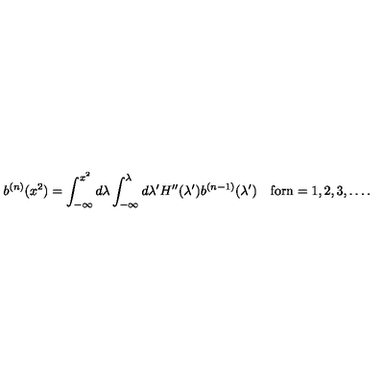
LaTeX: b ^ { ( n ) } ( x ^ { 2 } ) = \int _ { - \infty } ^ { x ^ { 2 } } d \lambda \int _ { - \infty } ^ { \lambda } d \lambda ^ { \prime } H ^ { \prime \prime } ( \lambda ^ { \prime } ) b ^ { ( n - 1 ) } ( \lambda ^ { \prime } ) \quad \mathrm { f o r n = 1 , 2 , 3 , \dots . }